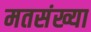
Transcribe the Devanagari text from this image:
मतसंख्या